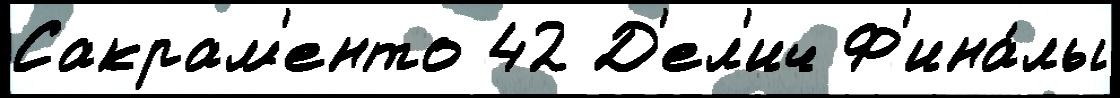
Сакрам'енто 42 Д'ел'ич Ф'ина́лы